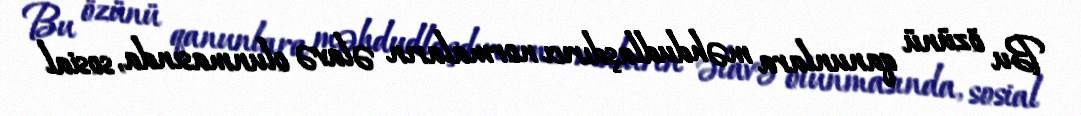
Bu özünü qanunlara məhdudlaşdırıcı normaların əlavə olunmasında, sosial